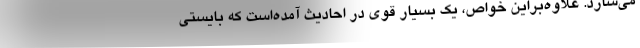
می‌سازد. علاوه‌براین خواص، یک بسیار قوی در احادیث آمده‌است که بایستی